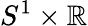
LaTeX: S^{1}\times\mathbb{R}